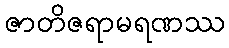
ဇာတိဇရာမရဏဿ